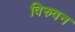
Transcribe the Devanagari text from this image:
विरुवन